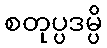
စတုပ္ပဒမ္ပိ